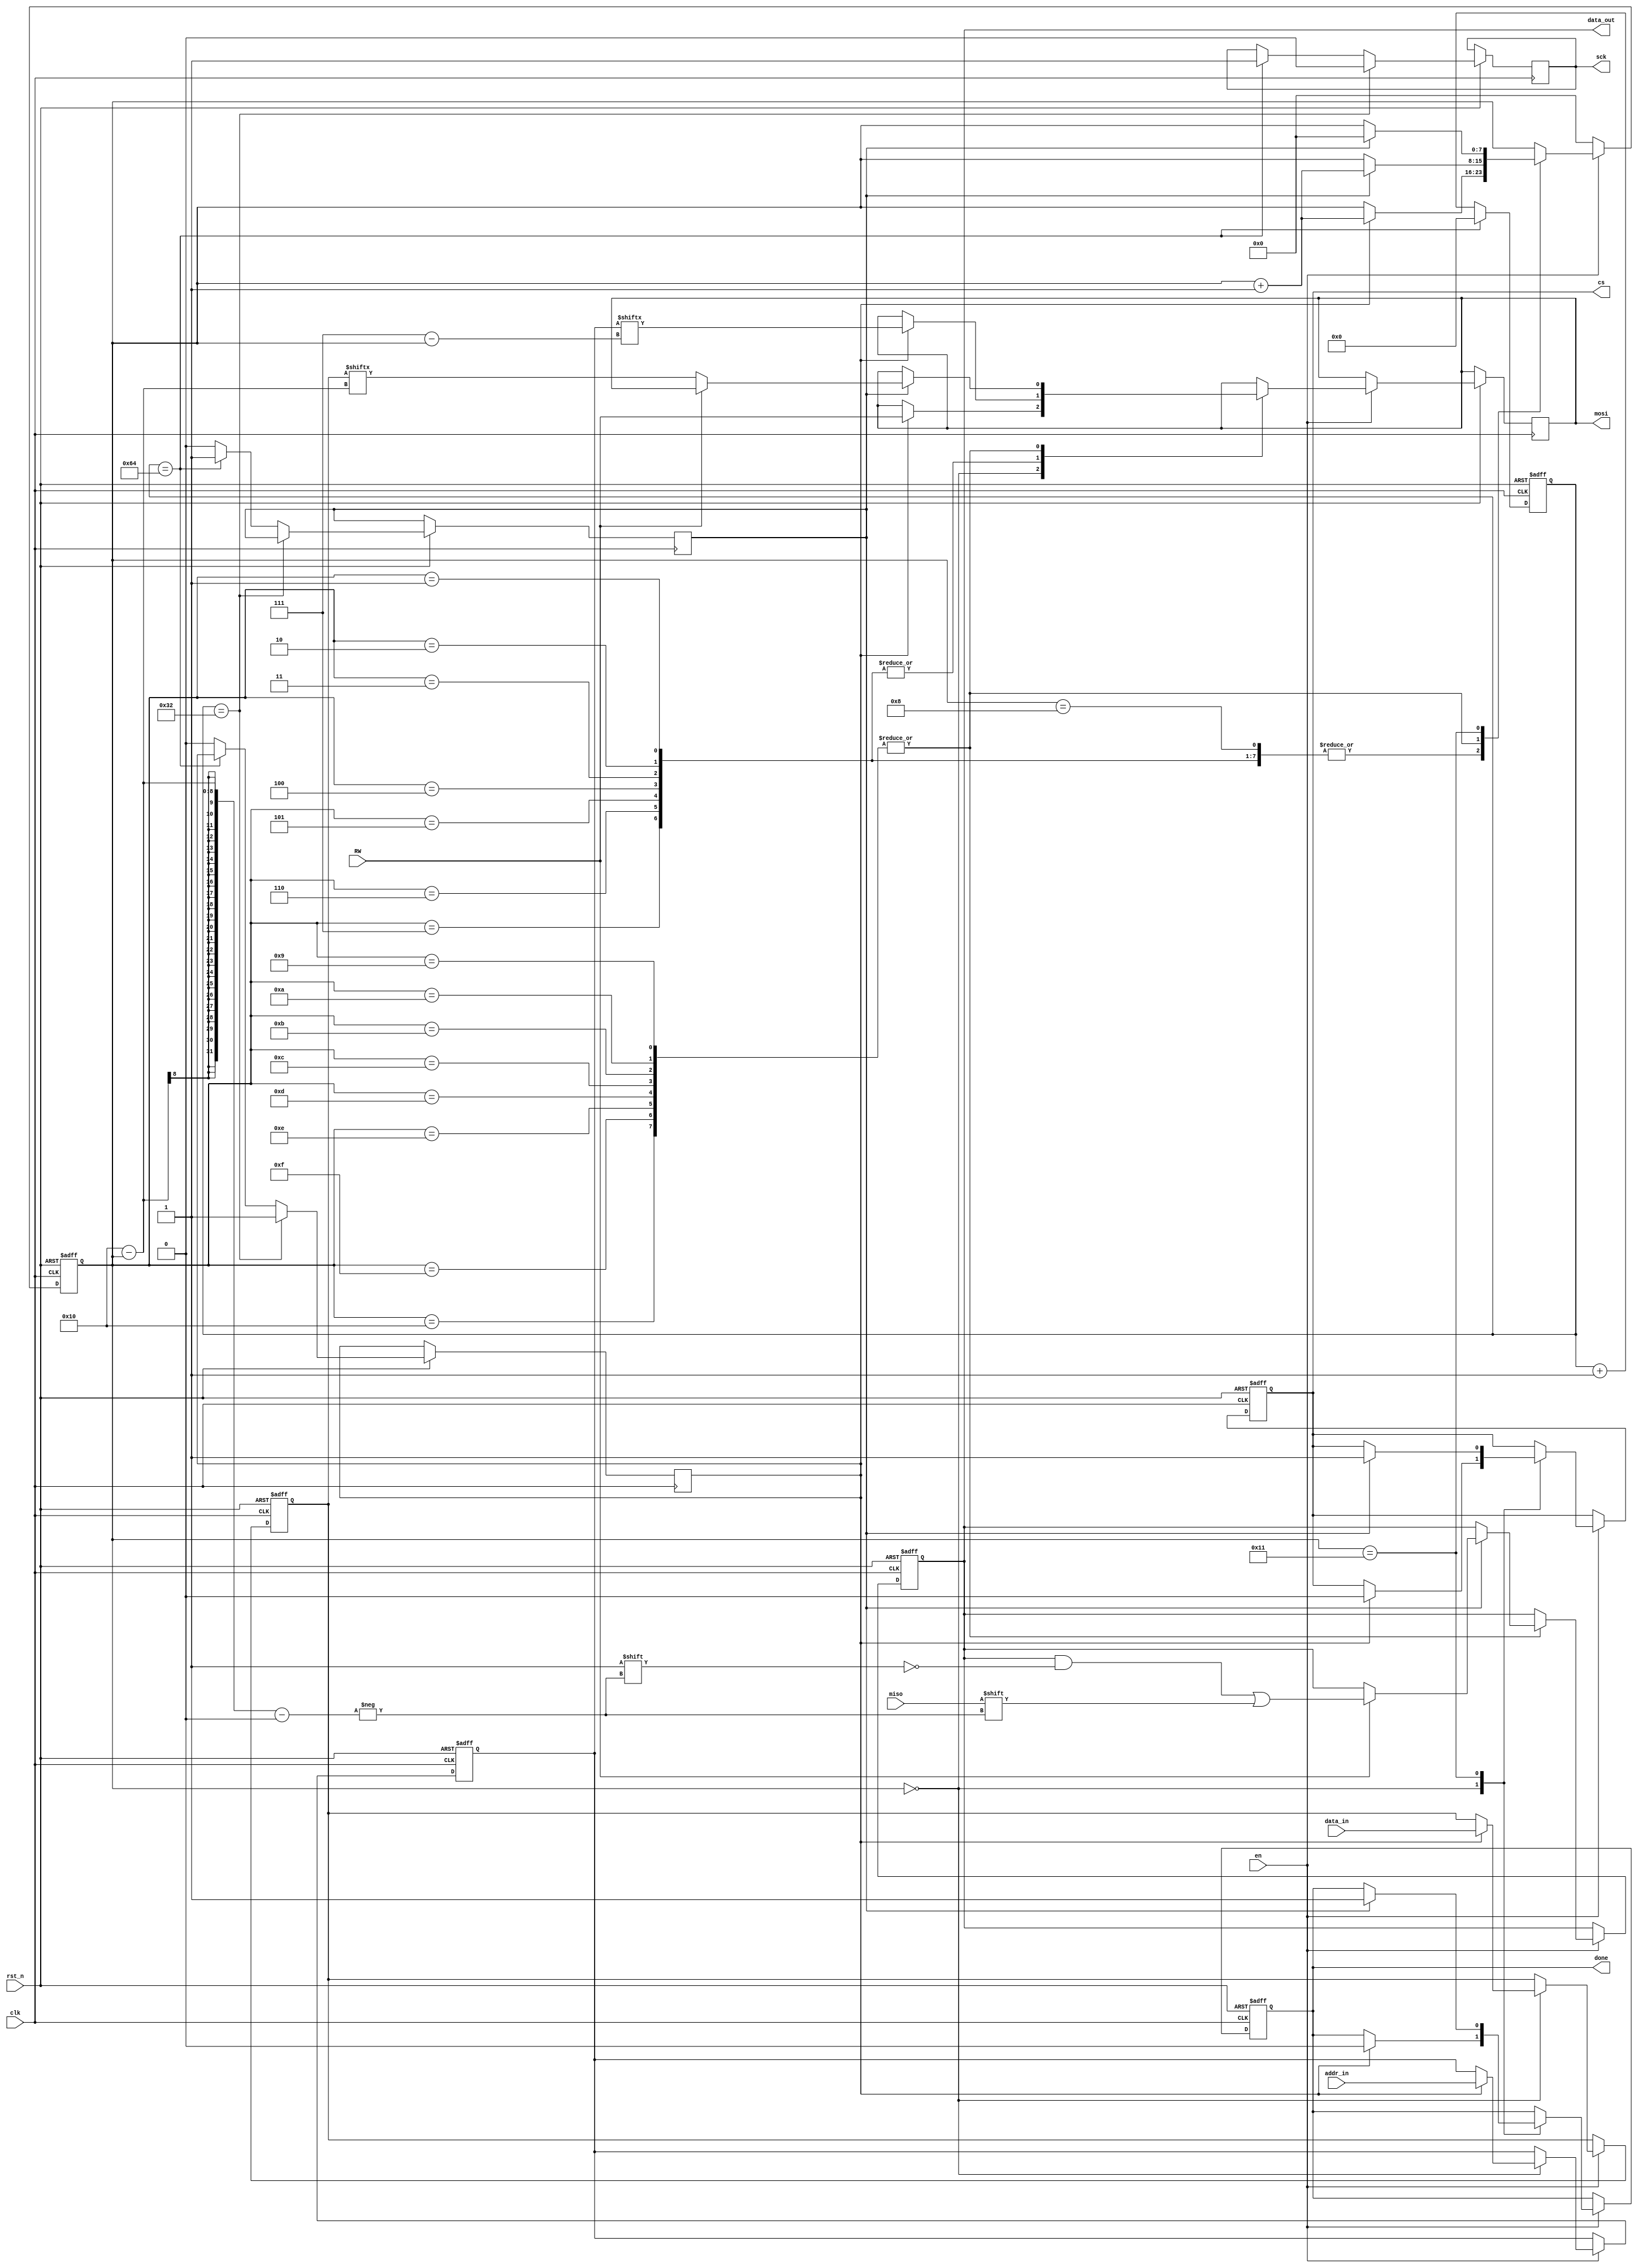

`timescale 1ns/1ps

module spi(
	clk,
	rst_n,
	en,
	RW,
	
	addr_in,
	data_in,
	
	data_out,
	miso,
	mosi,	
	cs,
	sck,
	
	done
);

input clk, rst_n, en, RW;
input [6:0] addr_in;
input [7:0] data_in;
//  
//read data register & wirte data register

input miso;

output mosi, sck, cs;
output done;
output [7:0] data_out;

reg [6:0] addr;
reg [7:0] data;

reg mosi;
reg sck;
reg cs;
reg done_r;
reg [7:0] counter;
reg [7:0] data_out = 8'd0;

assign done = done_r;

//reg sck_buff;
//wire sck_failing;
//wire sck_rising;
//
//always @(posedge clk or negedge rst_n) begin
//	sck_buff <= sck;
//end
//
//
//
//
//always @(posedge clk or negedge rst_n) begin
//	
//
//end


reg sck_fail;
reg sck_rise;


//always @(posedge clk or negedge rst_n) begin	
//	if (!rst_n) begin
//		addr <= 7'd0;
//	end
//	else begin
//		addr <= addr_in;
//		
//	end
//	
//end


always @(posedge clk or negedge rst_n) begin
	if (!rst_n ) begin
		counter <= 8'd0;
		data <= 8'd0;
		addr <= 7'd0;
		data_out <= 8'd0;
		
		cs <= 1'b1;
		done_r <= 1'b0;
	end
	else if (!en) 
		counter <= 8'd0;
	else if (en) begin
		case (counter)
			0: begin
					if (sck_fail) begin
						mosi <= RW;
						data <= data_in;
						addr <= addr_in;
						cs <= 1'b0;
						
						counter <= counter + 8'd1;
						done_r <= 1'b0;
					end
				end
			
			1, 2, 3, 4, 5, 6, 7: 
				begin
					if (sck_fail) begin
						mosi <= addr[7 - counter];
						counter <= counter + 8'd1;
					end
				end
		
			8:	begin
					if (sck_fail)  
						counter <= counter + 8'd1;
				end
				
			9, 10, 11, 12, 13, 14, 15, 16:
				begin
					if (sck_rise) begin
						if (!RW)
							mosi <= data[16 - counter];
						else
							data_out[16 - counter] <= miso;
							
						counter <= counter + 8'd1;
						
					end
				end
				
			 17: begin	
					if (sck_rise) begin
						cs <= 1'b1;
						done_r <= 1'b1;
						counter <= 8'd0;
					end
				end
		endcase
	end

end


reg [31:0] div_cnt;

always @(posedge clk or negedge rst_n) begin
	if (!rst_n) begin
		div_cnt <= 32'd0;		
	end
	else begin
	
		if (div_cnt == 32'd100) begin
			div_cnt <= 32'd0;
		end
		else begin
			div_cnt <= div_cnt + 32'd1;
		end
		
		if (div_cnt == 32'd50) begin
			sck <= 0;
			sck_fail <= 1;
		end
		else if (div_cnt == 32'd100) begin
			sck <= 1;
			sck_rise <= 1;
		end
		else begin
			sck_fail <= 0;
			sck_rise <= 0;
		end
	end
end

endmodule